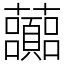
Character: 虈